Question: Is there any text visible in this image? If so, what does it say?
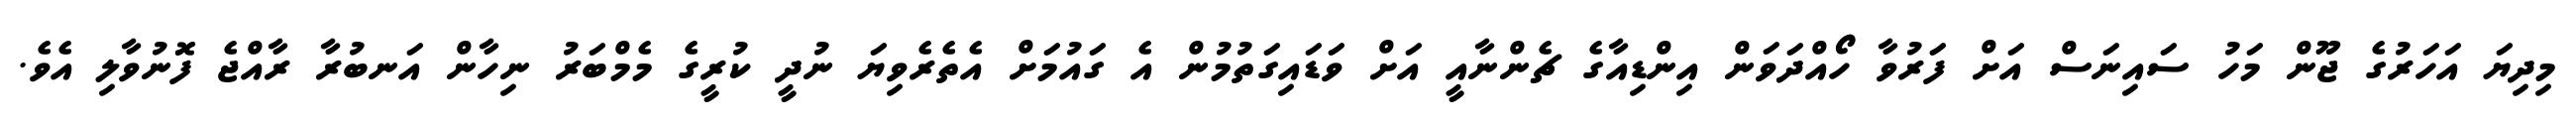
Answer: މިދިޔަ އަހަރުގެ ޖޫން މަހު ސައިނަސް އަށް ފަރުވާ ހޯއްދަވަން އިންޑިއާގެ ޗެންނާއީ އަށް ވަޑައިގަތުމުން އެ ގައުމަށް އެތެރެވިޔަ ނުދީ ކުރީގެ މެމްބަރު ނިހާން އަނބުރާ ރާއްޖެ ފޮނުވާލި އެވެ.